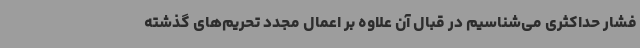
فشار حداکثری می‌شناسیم در قبال آن علاوه بر اعمال مجدد تحریم‌های گذشته